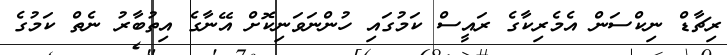
ރިޗާޑް ނިކްސަން އެމެރިކާގެ ރައީސް ކަމުގައި ހުންނަވަނިކޮށް އޭނާގެ އިތުބާރު ނެތް ކަމުގެ